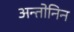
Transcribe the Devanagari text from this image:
अन्तोनिन